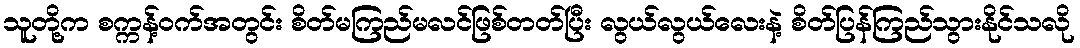
သူတို့က စက္ကန့်ဝက်အတွင်း စိတ်မကြည်မလင်ဖြစ်တတ်ပြီး လွယ်လွယ်လေးနဲ့ စိတ်ပြန်ကြည်သွားနိုင်သလို